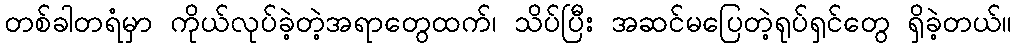
တစ်ခါတရံမှာ ကိုယ်လုပ်ခဲ့တဲ့အရာတွေထက်၊ သိပ်ပြီး အဆင်မပြေတဲ့ရုပ်ရှင်တွေ ရှိခဲ့တယ်။